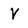
Character: V